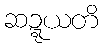
ဆဍ္ဍယတိ